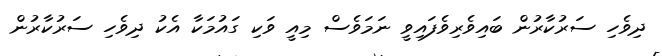
ދިވެހި ސަރުކާރުން ބައިވެރިވެފައިވީ ނަމަވެސް މިއީ ވަކި ގައުމަކާ އެކު ދިވެހި ސަރުކާރުން